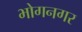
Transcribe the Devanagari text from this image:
भोगनगर